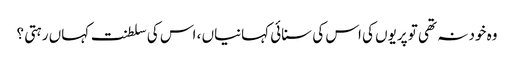
وہ خود نہ تھی تو پریوں کی اس کی سنائی کہانیاں ، اس کی سلطنت کہاں رہتی ؟